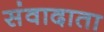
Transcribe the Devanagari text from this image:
संवादाता